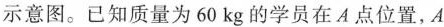
示意图。已知质量为60kg的学员在A点位置，A